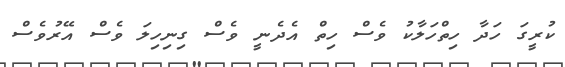
ކުރީގަ ހަދާ ހިތްހަލާކު ވެސް ހިތް އެދެނީ ވެސް ގިނިހިލަ ވެސް އޭރުވެސް